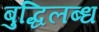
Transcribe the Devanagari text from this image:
बुद्धिलब्ध